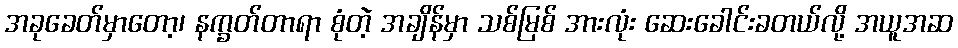
အခုခေတ်မှာတော့၊ နက္ခတ်တာရာ စုံတဲ့ အချိန်မှာ သစ်မြစ် အားလုံး ဆေးခေါင်းခတယ်လို့ အယူအဆ